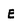
Character: E